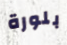
بلورة